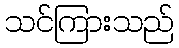
သင်ကြားသည်